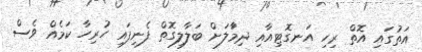
އަތުގައި އޮތް ރިހި އަނގޮޓިއާއި ދިމަާލަށް ބަލާލިގޮތް ފެނިފައި ހުރިހާ ކަމެއް ވެސް